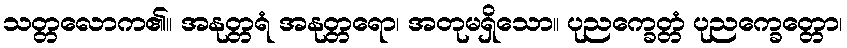
သတ္တလောက၏။ အနုတ္တရံ အနုတ္တရော၊ အတုမရှိသော။ ပုညက္ခေတ္တံ ပုညက္ခေတ္တော၊